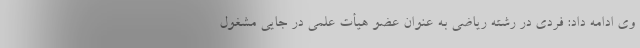
وی ادامه داد: فردی در رشته ریاضی به عنوان عضو هیأت علمی در جایی مشغول